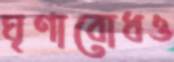
ঘৃণাবোধও